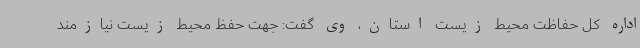
اداره کل حفاظت محیط زیست استان، وی گفت: جهت حفظ محیط زیست نیازمند